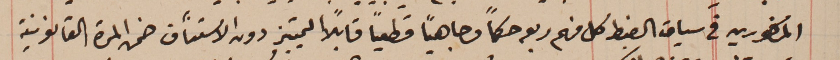
المذكورين فى سياق الضبط كل منهم ربع حكماً وجاهياً قطعياً قابلاً التمييز دون الاستنآف ضمن المدة القانونية